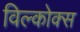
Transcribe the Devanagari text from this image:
विल्कोक्स